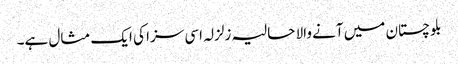
بلوچستان میں آنے والا حالیہ زلزلہ اسی سزا کی ایک مثال ہے۔